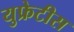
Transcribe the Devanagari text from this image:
युफ्रेटीस